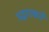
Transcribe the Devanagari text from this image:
उद्धारकर्ते